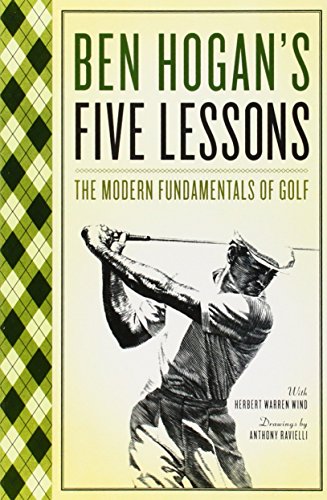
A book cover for Five Lessons: The Modern Fundamentals of Golf; Ben Hogan; Reference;